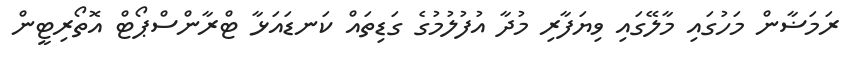
ރަމަޟާން މަހުގައި މާލޭގައި ވިޔަފާރި މުދާ އުފުލުމުގެ ގަޑިތައް ކަނޑައަޅާ ޓްރާންސްޕޯޓް އޮތޯރިޓީން